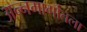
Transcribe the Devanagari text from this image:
अन्नमार्गातला